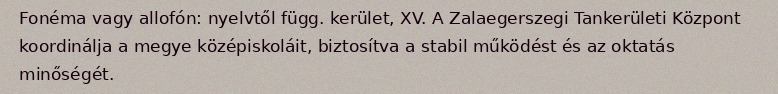
Fonéma vagy allofón: nyelvtől függ. kerület, XV. A Zalaegerszegi Tankerületi Központ koordinálja a megye középiskoláit, biztosítva a stabil működést és az oktatás minőségét.